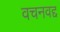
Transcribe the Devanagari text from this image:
वचनवद्द